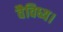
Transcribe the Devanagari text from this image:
वैविध्य।